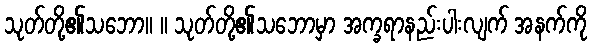
သုတ်တို့၏သဘော။ ။ သုတ်တို့၏သဘောမှာ အက္ခရာနည်းပါးလျက် အနက်ကို